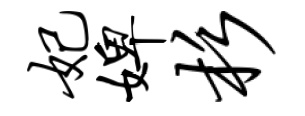
妃婢杉